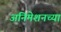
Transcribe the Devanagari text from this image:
अनिमेशनच्या